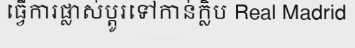
ធ្វើការផ្លាស់ប្តូរទៅកាន់ក្លិប Real Madrid